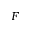
F